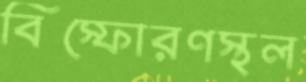
বিস্ফোরণস্থল